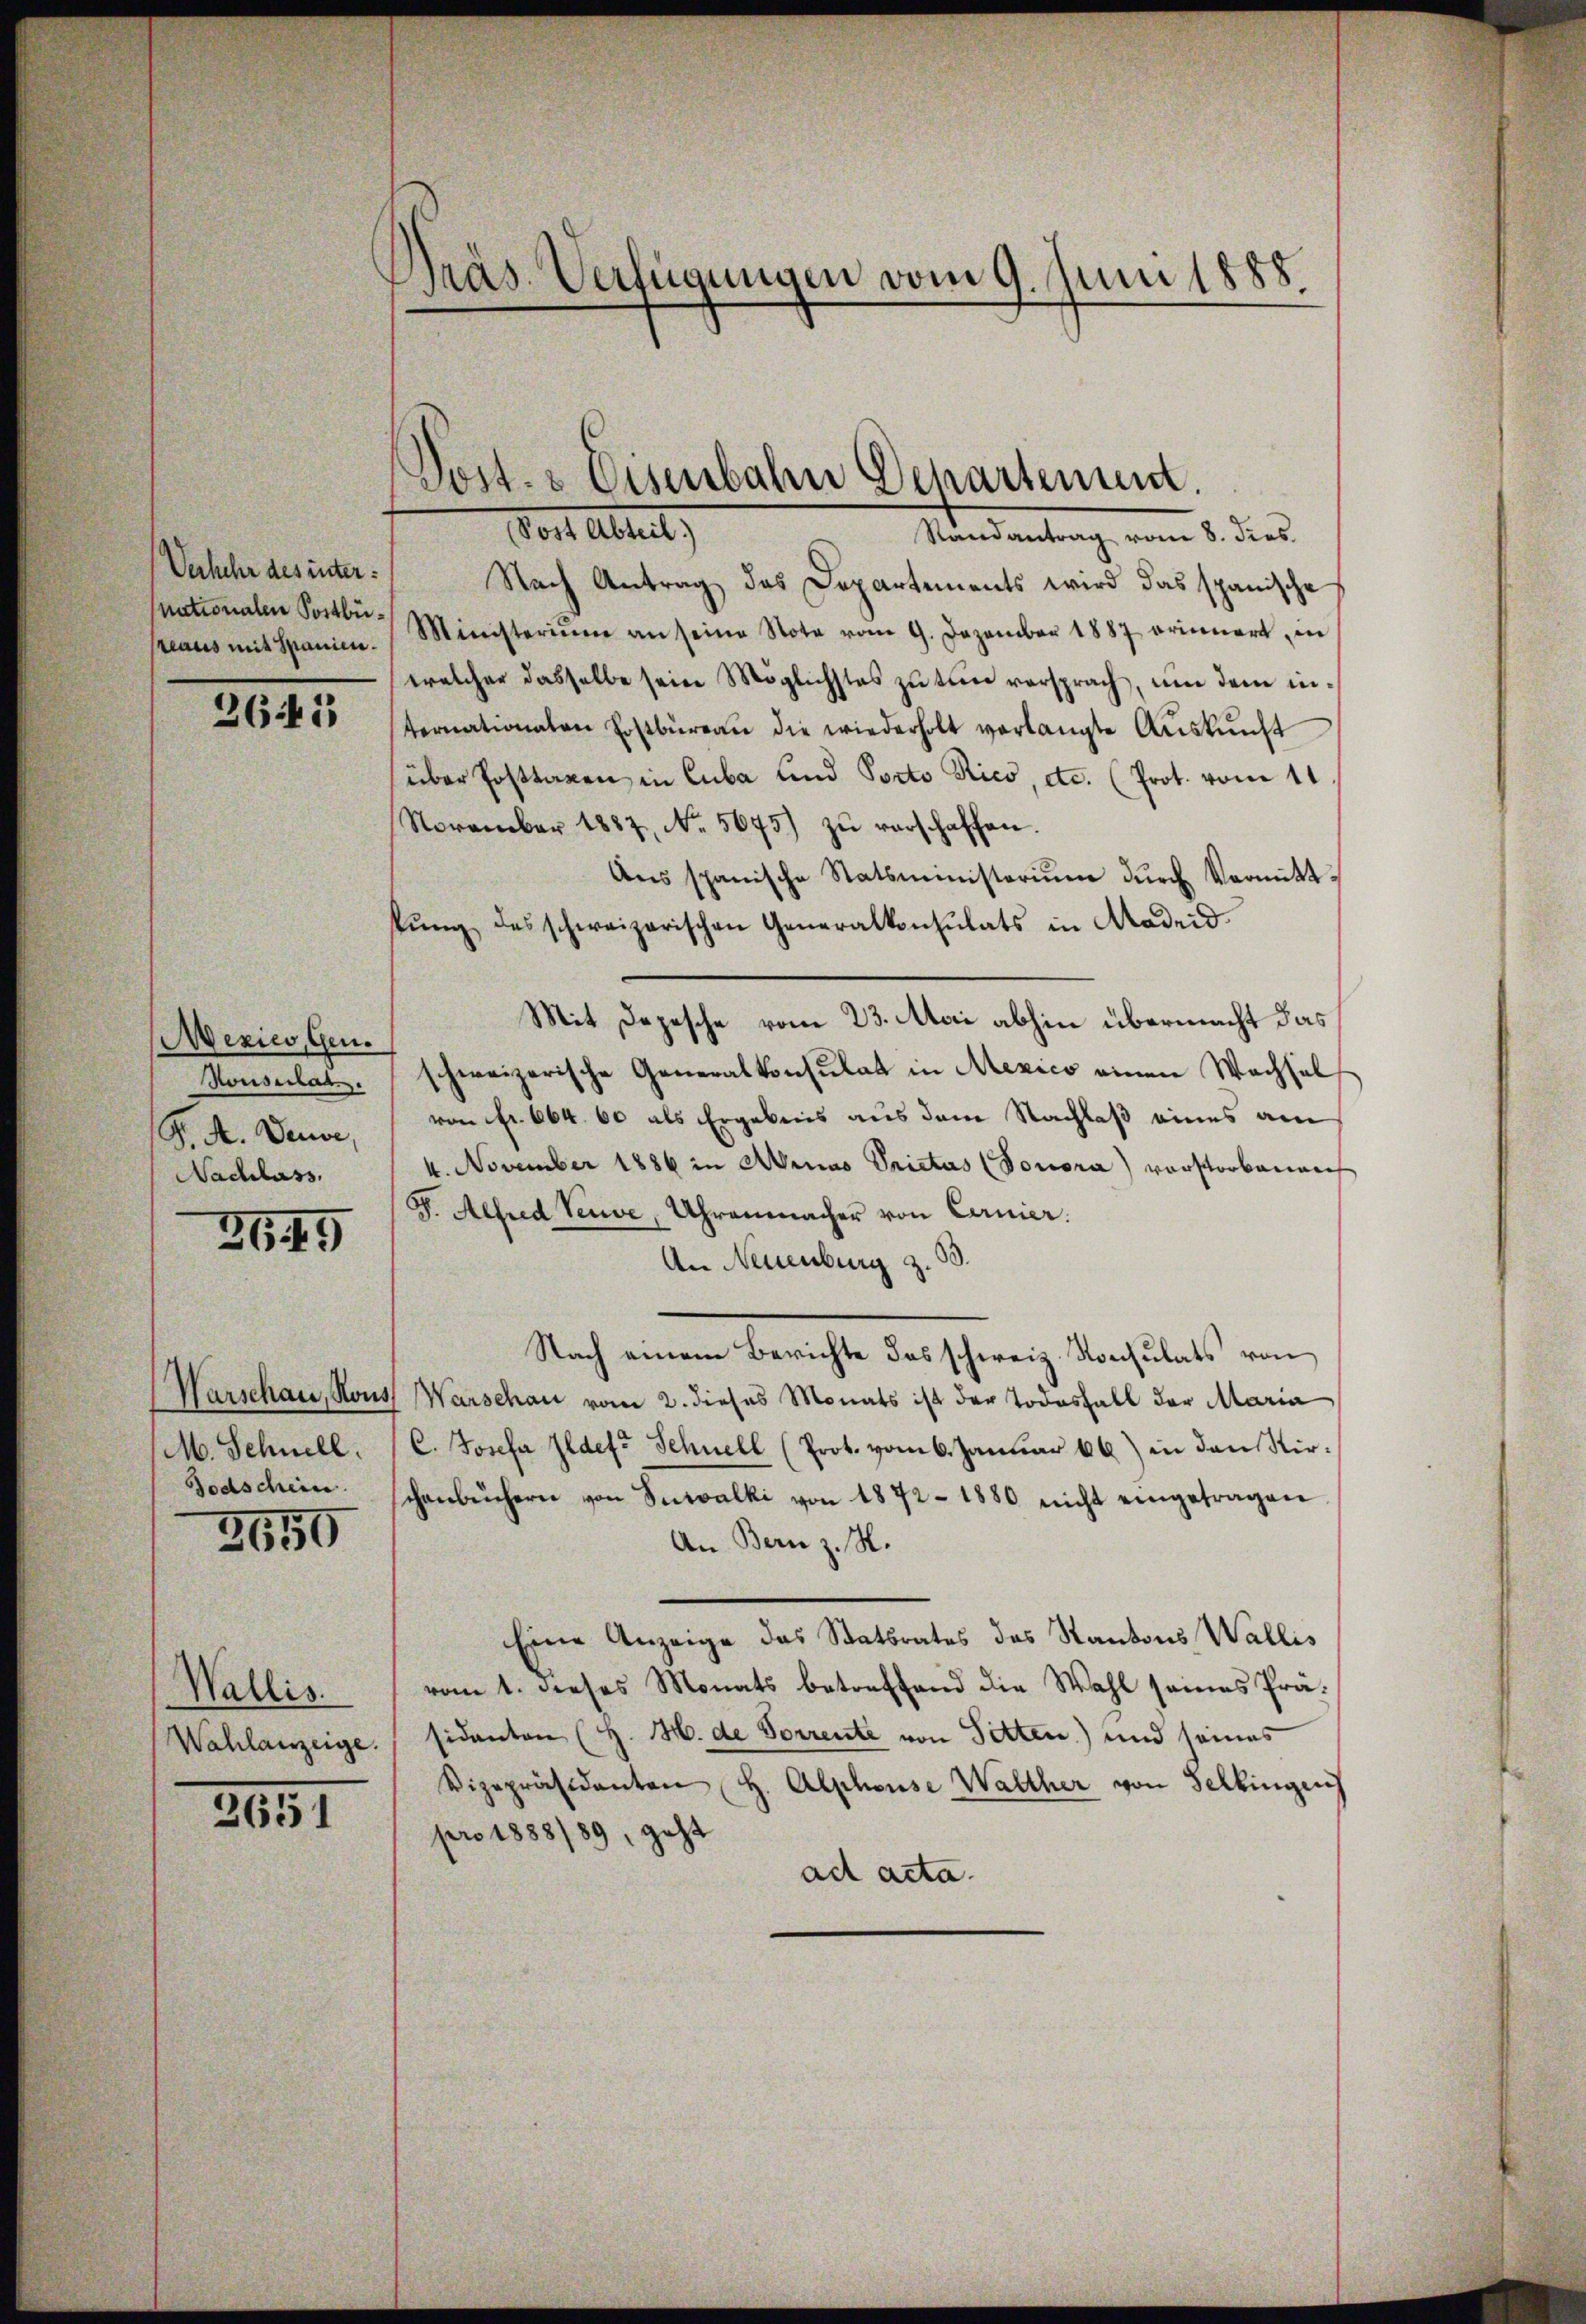
Verkehr des inter:
nationalen Sortbüreaus mit Spanien.

2645

Mexico, Gen.
Konsulat
P. A. Deuse,
Nachlass.

2649

Warschau, Rous
M. Schnell.
Todschein.

3650

Wallis.
Wahlanzeige.

2651

Präs. Verfügungen vom 9. Juni 1888.

ort Altert,
Randantrag vom 8. dies
Nach Antrag das Departements wird das spanische
Ministerium an seine Note vom 9. Dezember 1887 erinnert in
welcher dasselbe sein Möglichstes zu tun versprach, um dem internationaten Erstbüreau die wiederholt verlangte Auskunft
über Posttaxen in Cuba und Porto Rico, etc. (Prot. vom 11
November 1887, No. 5675) zŭ verschaffen.
Aus spanische Statsministerium durch Vermittkŭng des schweizerischen Generalkonsulats in Madeid
Mit Depesche vom 23. Atori abhin übermacht das
schweizerische Generalkonsulat in Mexico einen Wachsel
von Fr. 664. 60 als Ergebnis aus dem Nachlaß eines am
4. November 1886 in Adrias Prietas (Tonora) vorstorbenen
F. Alfred Veuve, Uhrenmacher von Carnier.
An Neuenburg z. B.
Nach einem Berichte das schweiz. Konsulats von
Warschau vom 2. dieses Monats ist der Todesfall der Maria
C. Josefa Ildete Schnell (Prot. vom 6. Januar 66) in den Kirschenbüchern von Sutvalki von 1872 - 1880 nicht eingetragen
An Bern z. S.
Eine Anzeige das Statsrates des Kantons Wallis
vom 1. dieses Monats betreffend die Wahl seines Präsidenten (H. H. de Sorrente von Sitten) und seines
Vizepräsidenten H. Alphouse Walther von Selbingen
pro 1888/89, geht
ad acta.

Sost. - Eisenbahn Departement.